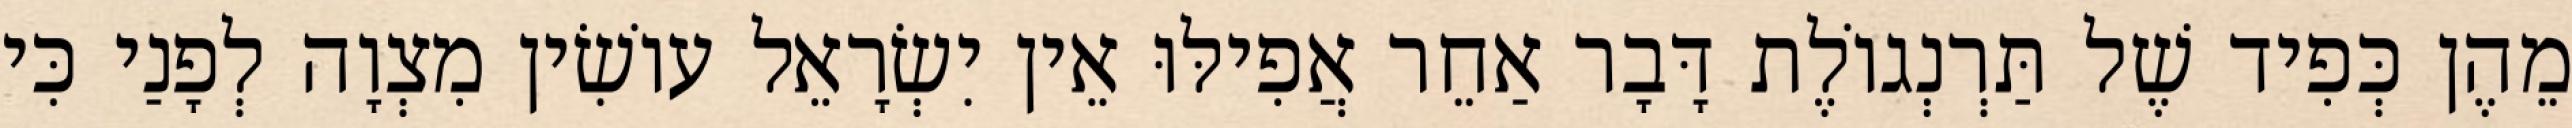
מֵהֶן כְּפִיד שֶׁל תַּרְנְגוֹלֶת דָּבָר אַחֵר אֲפִילּוּ אֵין יִשְׂרָאֵל עוֹשִׂין מִצְוָה לְפָנַי כִּי